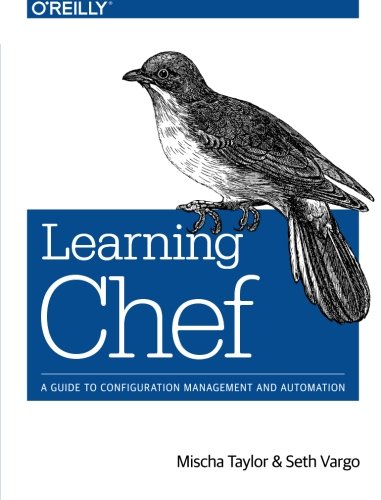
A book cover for Learning Chef: A Guide to Configuration Management and Automation; Mischa Taylor; Computers & Technology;